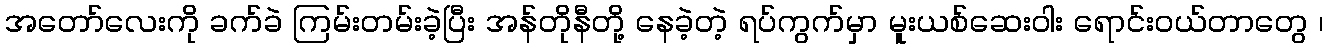
အတော်လေးကို ခက်ခဲ ကြမ်းတမ်းခဲ့ပြီး အန်တိုနီတို့ နေခဲ့တဲ့ ရပ်ကွက်မှာ မူးယစ်ဆေးဝါး ရောင်းဝယ်တာတွေ ၊